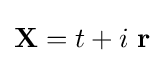
\mathbf {X} =t+i\,\,\mathbf {r}